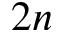
2 n